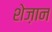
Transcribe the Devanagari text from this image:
शेज़ान